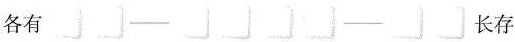
各有 长存